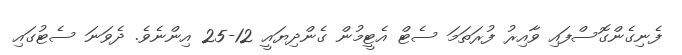
ފެނިގެންގޮސްފައި ވާއިރު ފުރަތަމަ ސެޓް އެޓީމުން ގެންދިޔައީ 12-25 އިންނެވެ. ދެވަނަ ސެޓުގައި